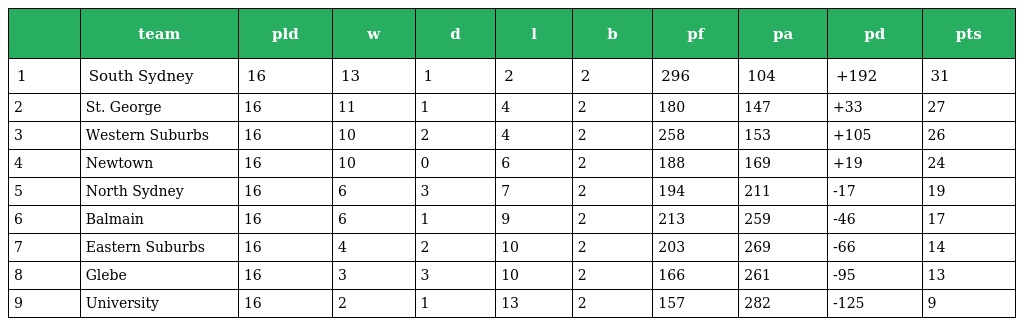
|  | team | pld | w | d | l | b | pf | pa | pd | pts |
 | --- | --- | --- | --- | --- | --- | --- | --- | --- | --- | --- |
 | 1 | South Sydney | 16 | 13 | 1 | 2 | 2 | 296 | 104 | +192 | 31 |
 | 2 | St. George | 16 | 11 | 1 | 4 | 2 | 180 | 147 | +33 | 27 |
 | 3 | Western Suburbs | 16 | 10 | 2 | 4 | 2 | 258 | 153 | +105 | 26 |
 | 4 | Newtown | 16 | 10 | 0 | 6 | 2 | 188 | 169 | +19 | 24 |
 | 5 | North Sydney | 16 | 6 | 3 | 7 | 2 | 194 | 211 | -17 | 19 |
 | 6 | Balmain | 16 | 6 | 1 | 9 | 2 | 213 | 259 | -46 | 17 |
 | 7 | Eastern Suburbs | 16 | 4 | 2 | 10 | 2 | 203 | 269 | -66 | 14 |
 | 8 | Glebe | 16 | 3 | 3 | 10 | 2 | 166 | 261 | -95 | 13 |
 | 9 | University | 16 | 2 | 1 | 13 | 2 | 157 | 282 | -125 | 9 |